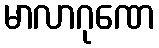
မာလာဂုဏေ